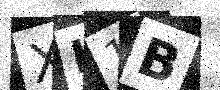
Text: XK1B